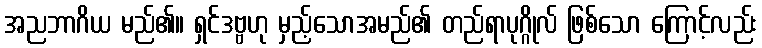
အညဘာဂိယ မည်၏။ ရှင်ဒဗ္ဗဟု မှည့်သောအမည်၏ တည်ရာပုဂ္ဂိုလ် ဖြစ်သော ကြောင့်လည်း